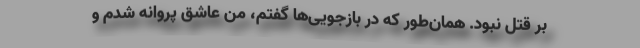
بر قتل نبود. همان‌طور که در بازجویی‌ها گفتم، من عاشق پروانه شدم و